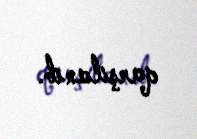
qarşılanıb.